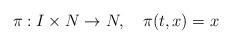
LaTeX: \begin{align*}\pi:I\times N\to N,\quad\pi(t,x)=x\end{align*}